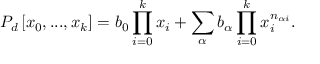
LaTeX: P _ { d } \left[ x _ { 0 } , . . . , x _ { k } \right] = b _ { 0 } \prod _ { i = 0 } ^ { k } x _ { i } + \sum _ { \alpha } b _ { \alpha } \prod _ { i = 0 } ^ { k } x _ { i } ^ { n _ { \alpha i } } .